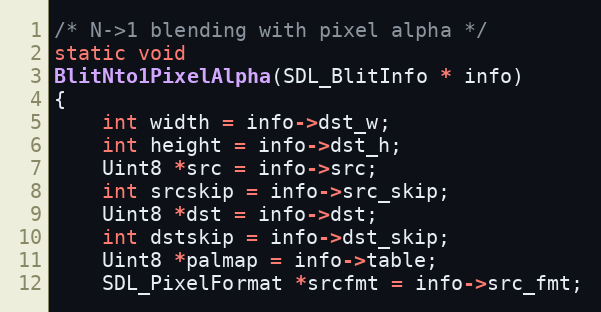
Language: C
/* N->1 blending with pixel alpha */
static void
BlitNto1PixelAlpha(SDL_BlitInfo * info)
{
    int width = info->dst_w;
    int height = info->dst_h;
    Uint8 *src = info->src;
    int srcskip = info->src_skip;
    Uint8 *dst = info->dst;
    int dstskip = info->dst_skip;
    Uint8 *palmap = info->table;
    SDL_PixelFormat *srcfmt = info->src_fmt;